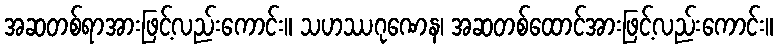
အဆတစ်ရာအားဖြင့်လည်းကောင်း။ သဟဿဂုဏေန၊ အဆတစ်ထောင်အားဖြင့်လည်းကောင်း။